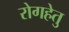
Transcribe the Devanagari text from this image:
रोगहेतु